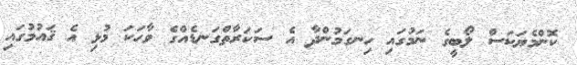
ކޮންމެޔަކަސް ލޯބީގެ ނަމުގައި ހިނގަމުންދާ އެ ސަކަރާތްގަނޑެއްގެ ވާހަކަ މުޅި އެ ޤައުމުގައި